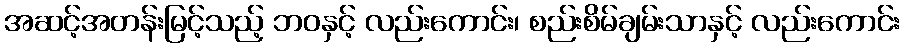
အဆင့်အတန်းမြင့်သည့် ဘဝနှင့် လည်းကောင်း၊ စည်းစိမ်ချမ်းသာနှင့် လည်းကောင်း